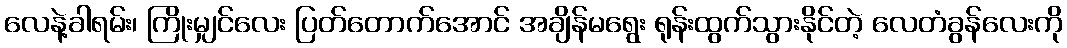
လေနဲ့ခါရမ်း၊ ကြိုးမျှင်လေး ပြတ်တောက်အောင် အချိန်မရွေး ရုန်းထွက်သွားနိုင်တဲ့ လေတံခွန်လေးကို